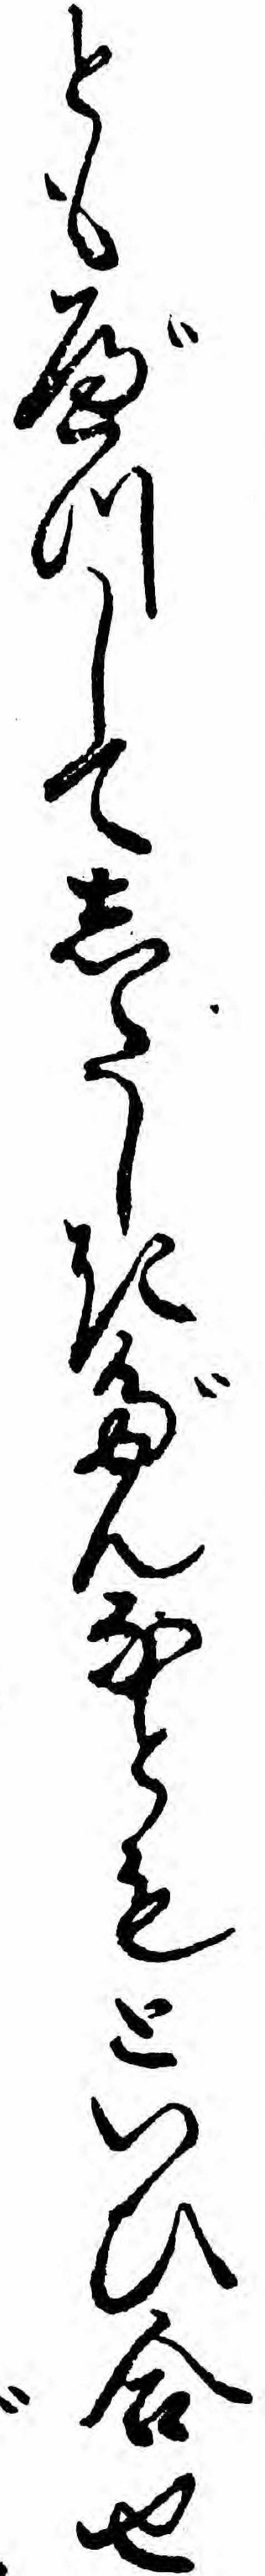
ともべつしてしたしきだんなともといひ合せ